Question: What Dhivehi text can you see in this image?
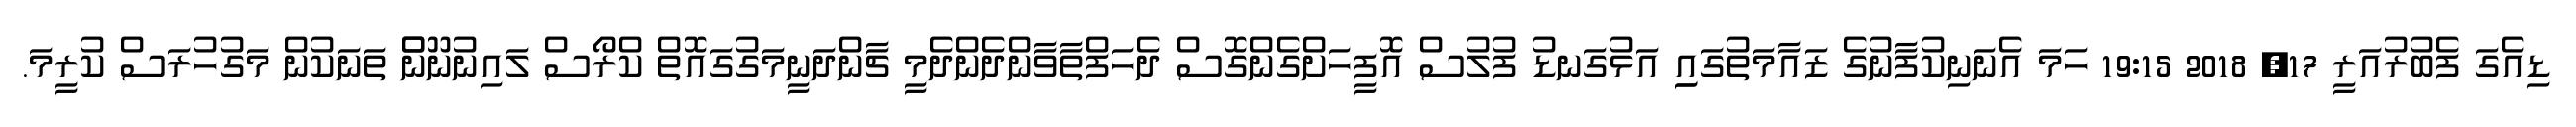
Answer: ޑިއެގަ ފެބުރުއަރީ 17, 2018 19:15 ހަމަ އެނަނިކުފާނުގެ ޒައާމަތުގައިި އަޅުގަނޑު ފުލުސް އޮފީހަށްގެންގޮސް ދެހަފްތާވާންދެންދެމީ ޗާންދަނީމަގުގައޮތް ކްރޯސް ލައިނުނޫންް ތަނަކުން މަގުހުރަސް ކުރީމަ.